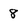
Character: 8